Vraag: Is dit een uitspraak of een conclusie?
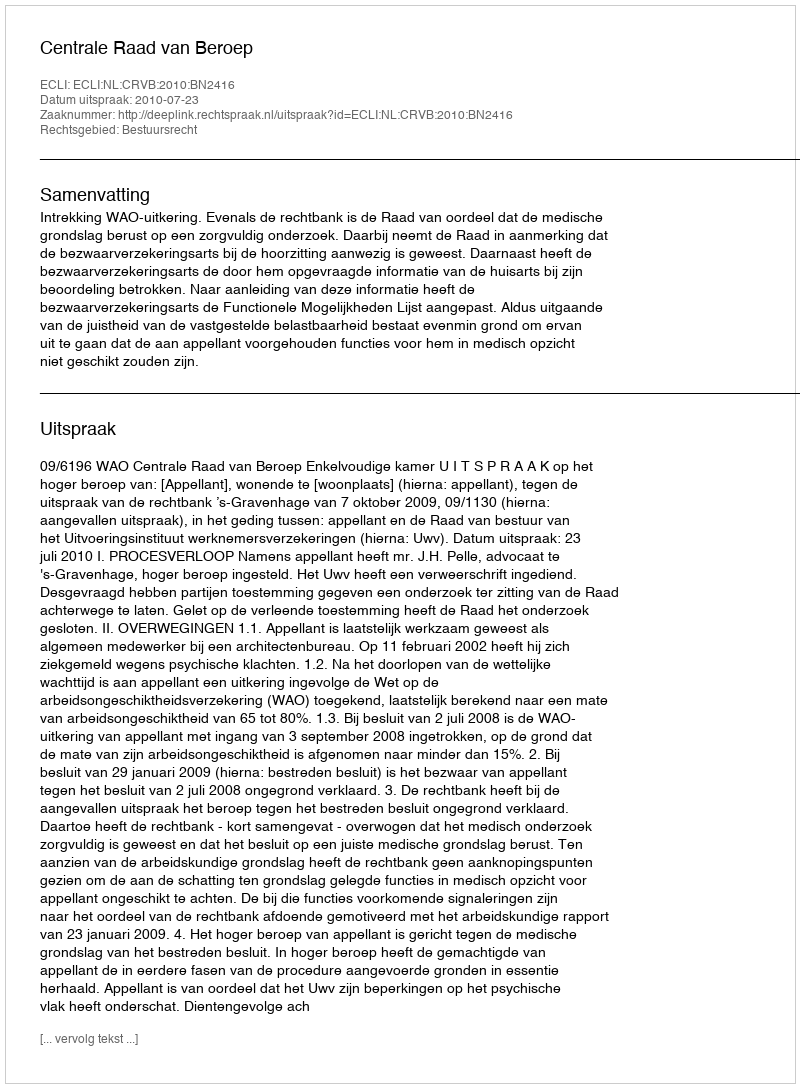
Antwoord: Uitspraak